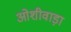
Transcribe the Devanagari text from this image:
ओशीवाड़ा